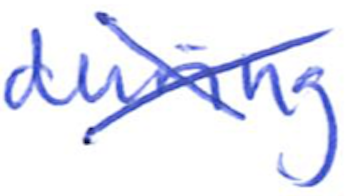
Text: during
Cross-out: cross
Writing tool: ballpoint